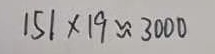
1 5 1 \times 1 9 \approx 3 0 0 0